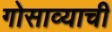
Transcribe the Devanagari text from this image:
गोसाव्याची